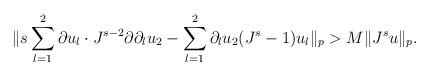
LaTeX: \begin{align*}\| s\sum_{l=1}^2 \partial u_l\cdot J^{s-2} \partial \partial_l u_2- \sum_{l=1}^2 \partial_l u_2 (J^s-1) u_l \|_p> M \|J^s u\|_p.\end{align*}